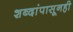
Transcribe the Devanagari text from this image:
शब्दांपासूनही